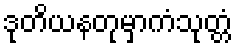
ဒုတိယနတုမှာကံသုတ္တံ